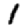
Digit: 1